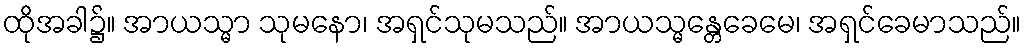
ထိုအခါ၌။ အာယသ္မာ သုမနော၊ အရှင်သုမသည်။ အာယသ္မန္တေခေမေ၊ အရှင်ခေမာသည်။